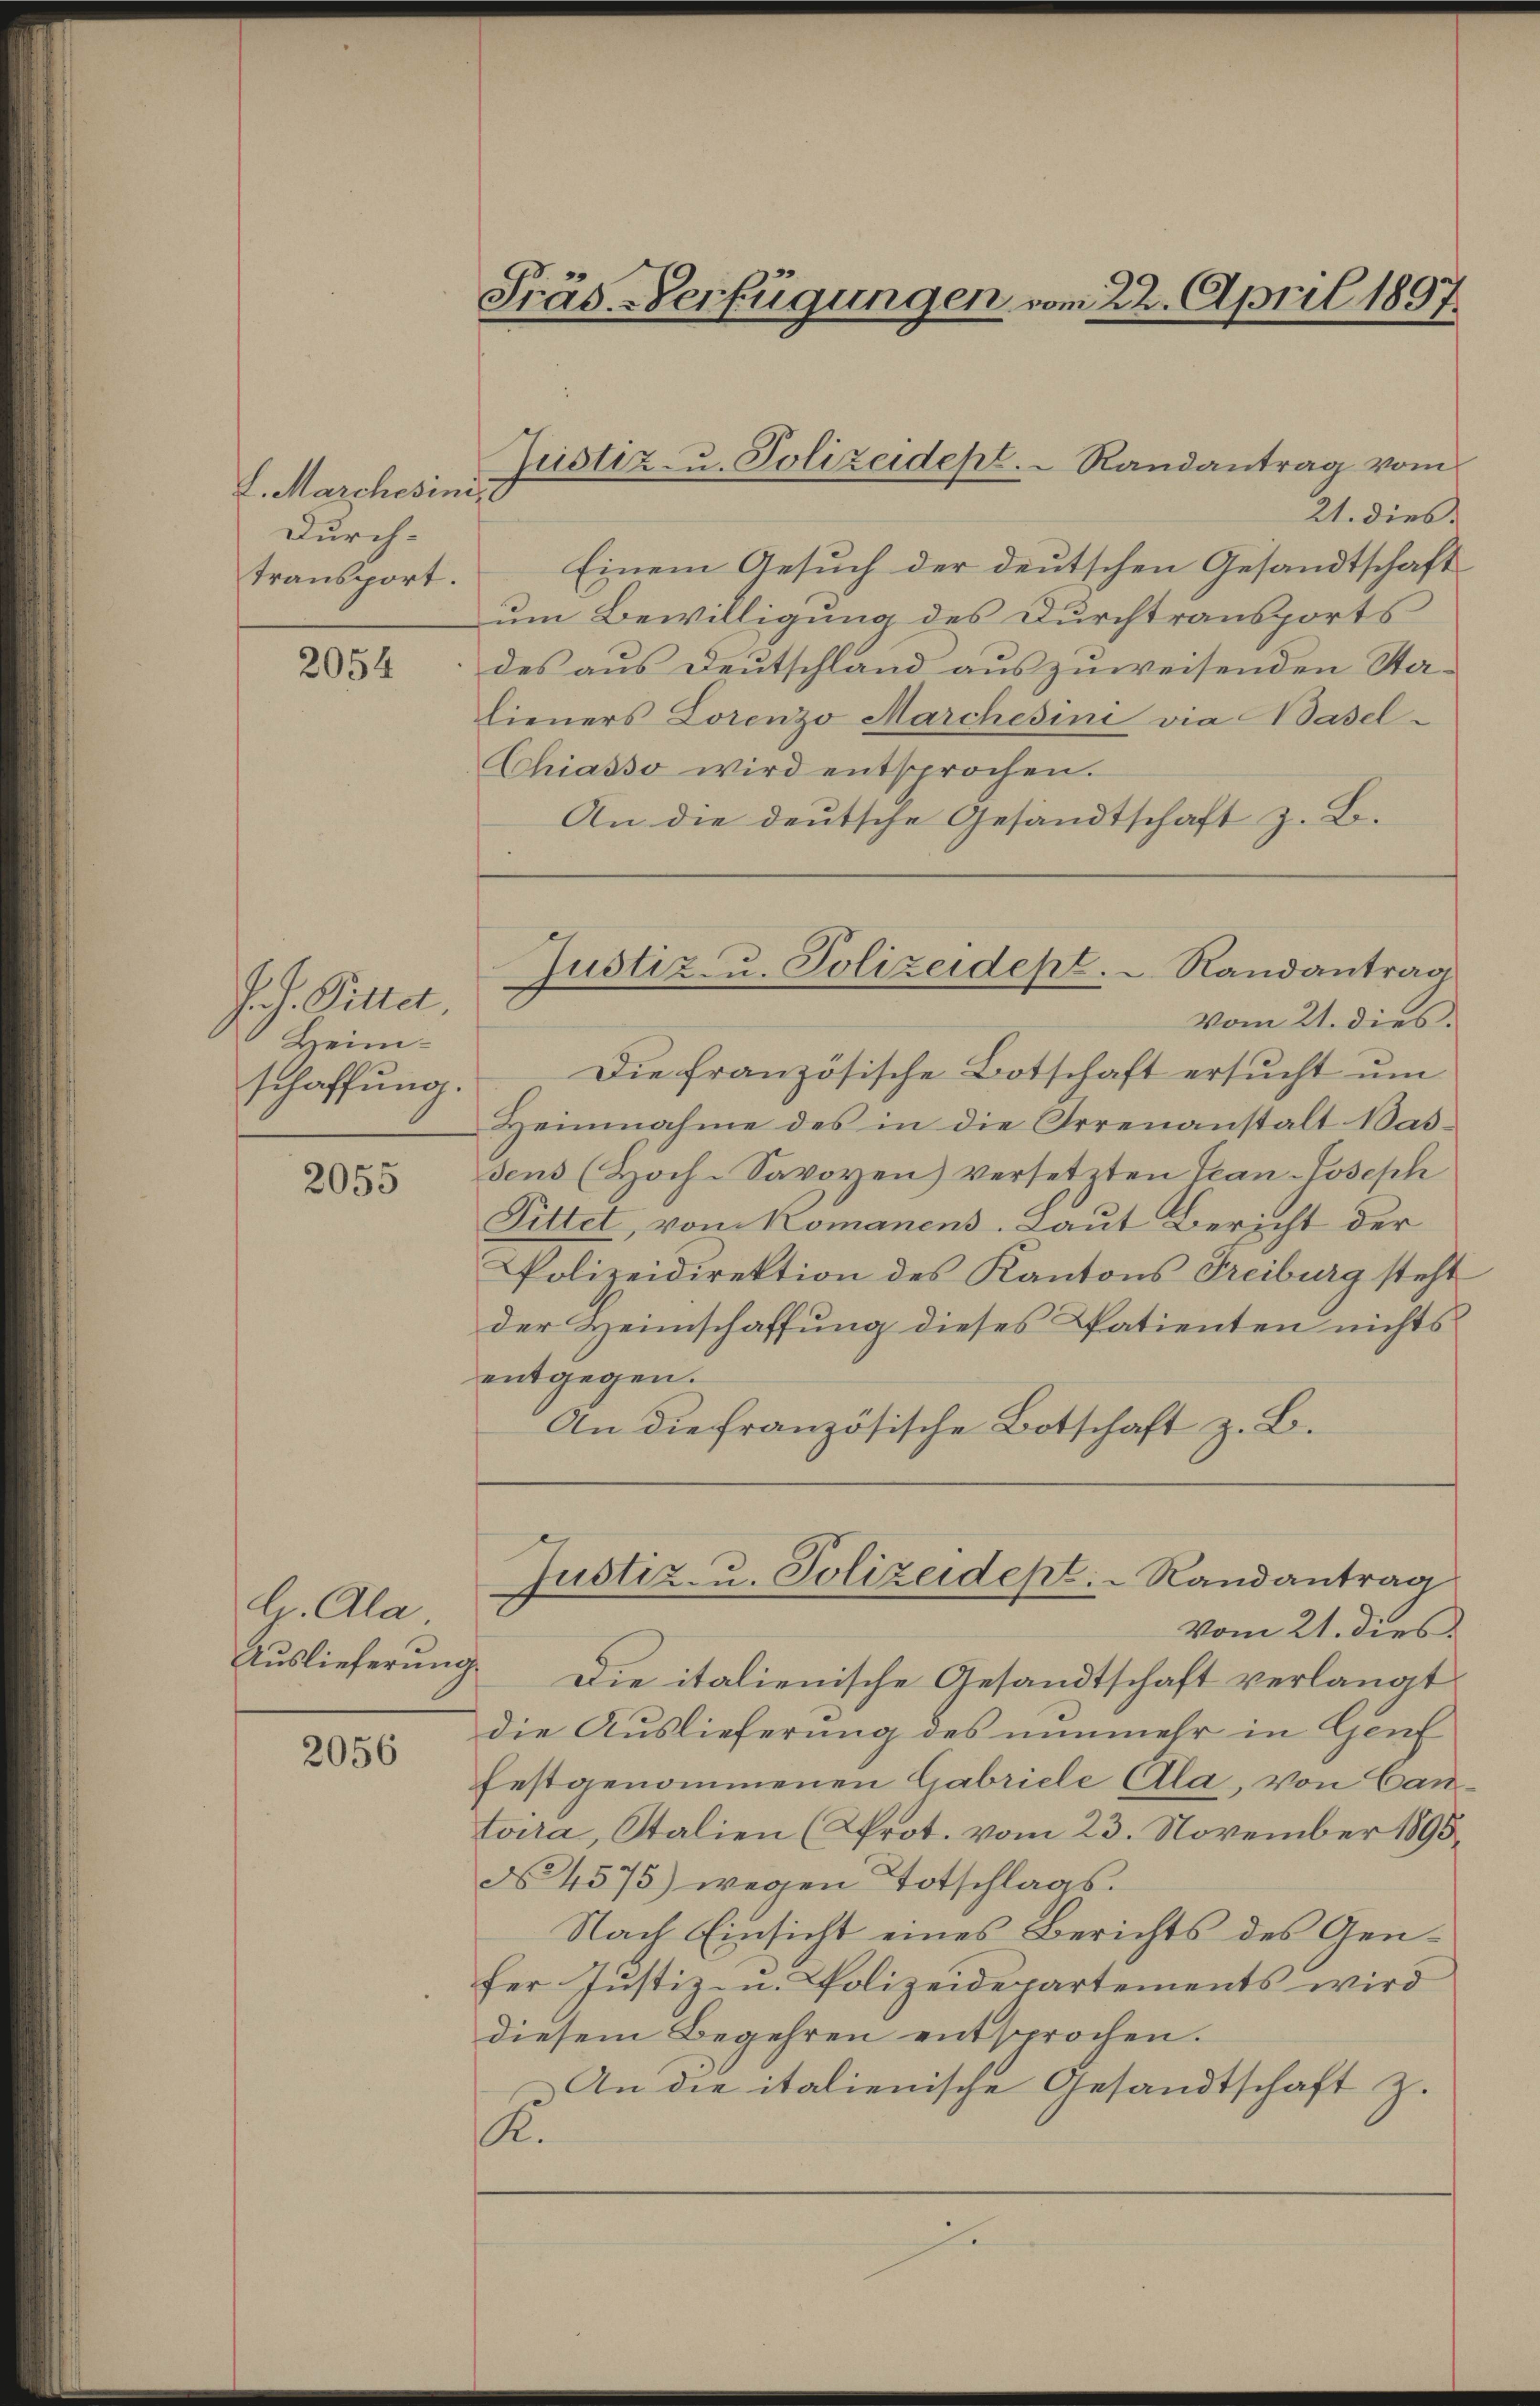
L. Marchesinist
Durch-
transport.

2054

J. J. Pittet
Heim
schaffung.

2055

h. Ala.
Auslieferung

2056

Präs. Verfügungen vom 22. April 1897.

21. dies
Einem Gesuch der deutschen Gesandtschaft
um Bewilligung des Durchtransports
des aus Deutschland auszuweisenden Sta-
lieners Lorenzo Marchesine via Hasel-
Chiasso wird entsprochen.
An die deutsche Gesandtschaft z. B.
Die französische Botschaft ersucht um
Heinnahme des in die Irrenanstalt Bassens (Hoch-Savoyen) versetzten Tean-Joseph
Dittet, von Komanens. Laut Bericht der
Polizeidirektion des Kantons Freiburg steht
der Heimschaffung dieses Datienten nichts
entgegen.
An die französische Botschaft z. B.
Justiz- u. Polizeidept. Randantrag
vom 21. dies
Die italienische Gesandtschaft verlangt
die Auslieferung des nunmehr in Genf
festgenommenen Gabriele Ala, von Cantoira, Stalien (Prot. vom 23. November 1895.
No. 4575) wegen Totschlags¬
Nach Einsicht eines Berichts des Genfer Justiz- u. Polizeidepartements wird
diesem Begehren entsprochen.
An die italienische Gesandtschaft z.
R.
s

Justiz- u. Polizeidept. Randantrag vom

Justiz- u. Polizeidept. Randantrag
vom 21. dies